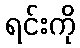
ရင်းကို